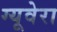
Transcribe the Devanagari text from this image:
ग्यूवेरा